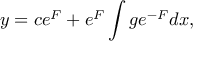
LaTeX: y = c e ^ { F } + e ^ { F } \int g e ^ { - F } d x ,